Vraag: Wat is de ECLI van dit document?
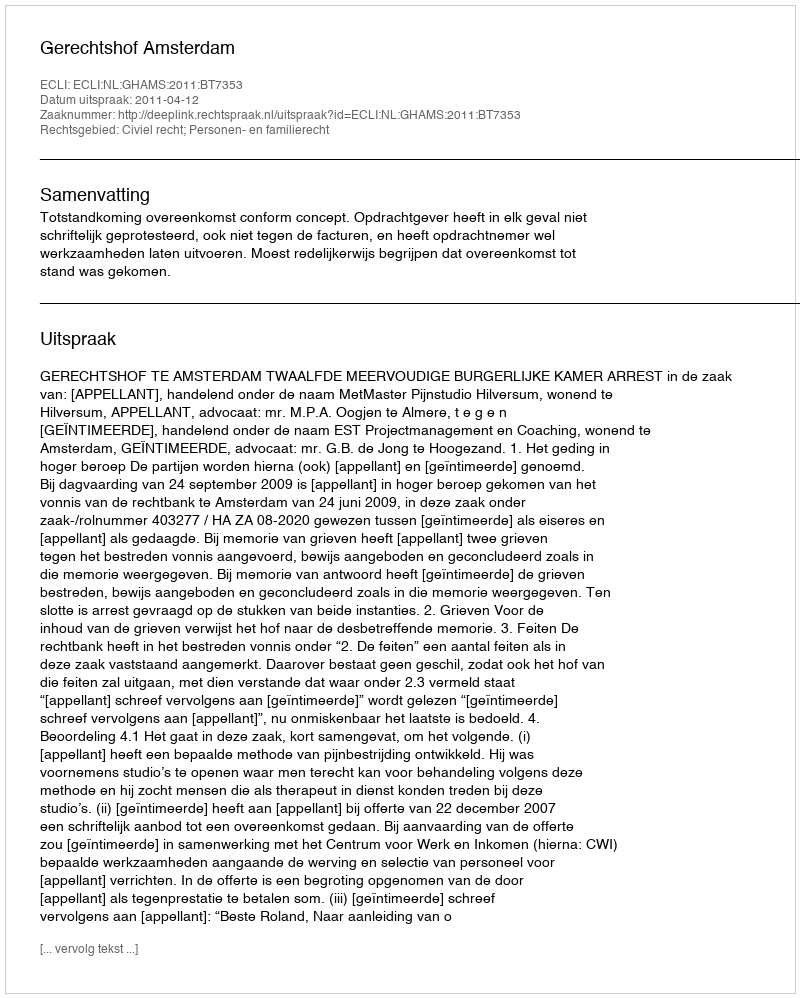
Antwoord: ECLI:NL:GHAMS:2011:BT7353